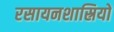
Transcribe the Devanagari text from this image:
रसायनशास्रियों